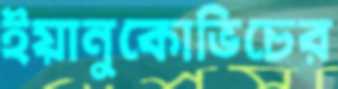
ইয়ানুকোভিচের